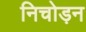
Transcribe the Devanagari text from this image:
निचोड़न